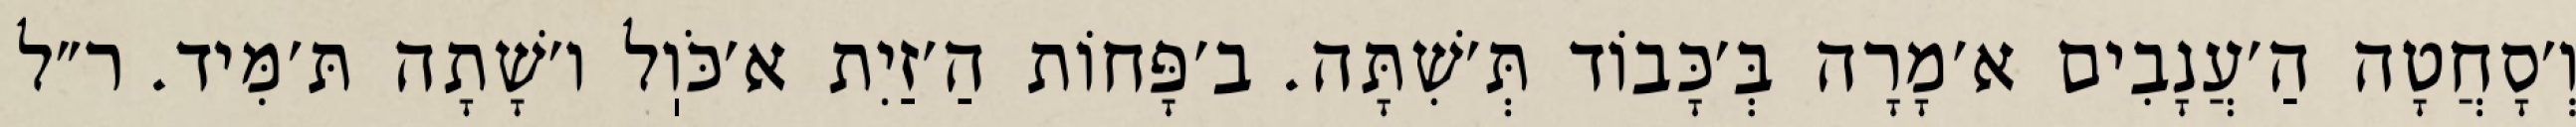
וְ׳סָחֲטָה הַ׳עֲנָבִים א׳מָרָה בְּ׳כָּבוֹד תְּ׳שִׁתָּה. ב׳פָּחוֹת הַ׳זַיִת א׳כֹּוֽל ו׳שָׁתָה תּ׳מִּיד. ר״ל